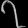
Digit: ၇